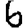
Digit: 6